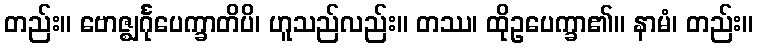
တည်း။ ဗောဇ္ဈင်္ဂုပေက္ခာတိပိ၊ ဟူသည်လည်း။ တဿ၊ ထိုဥပေက္ခာ၏။ နာမံ၊ တည်း။